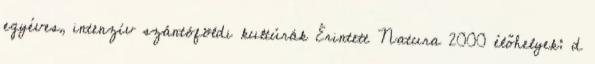
egyéves, intenzív szántóföldi kultúrák Érintett Natura 2000 élőhelyek: d